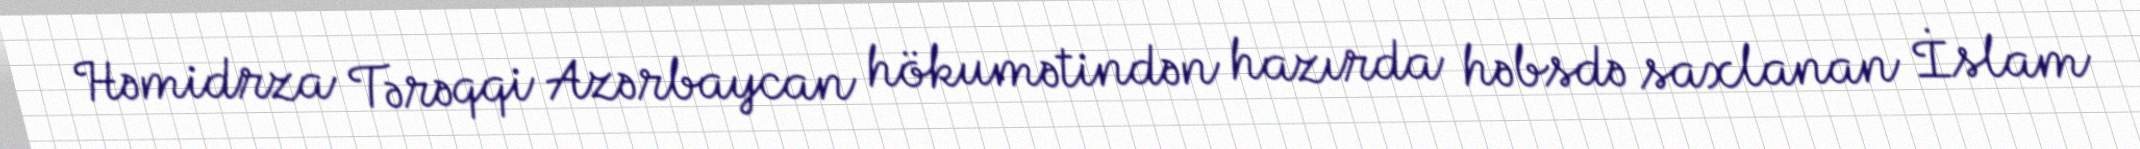
Həmidrza Tərəqqi Azərbaycan hökumətindən hazırda həbsdə saxlanan İslam